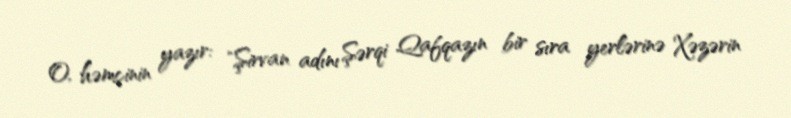
O, həmçinin yazır: "Şirvan adını Şərqi Qafqazın bir sıra yerlərinə Xəzərin